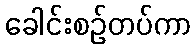
ခေါင်းစဉ်တပ်ကာ